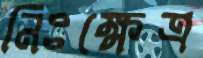
নিঃক্ষেত্র